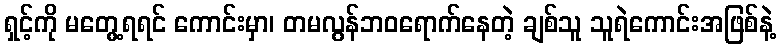
ရှင့်ကို မတွေ့ရရင် ကောင်းမှာ၊ တမလွန်ဘဝရောက်နေတဲ့ ချစ်သူ သူရဲကောင်းအဖြစ်နဲ့